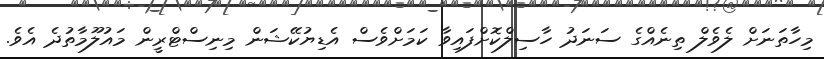
މިހާތަނަށް ލެވެލް ތިނެއްގެ ސަނަދު ހާސިލްކޮށްފައިވާ ކަމަށްވެސް އެޑިޔުކޭޝަން މިނިސްޓްރީން މައުލޫމާތުދެ އެވެ.